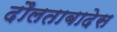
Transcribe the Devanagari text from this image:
दौलताबादेस